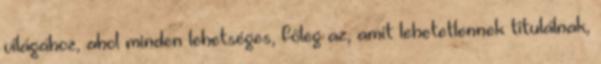
világához, ahol minden lehetséges, főleg az, amit lehetetlennek titulálnak,